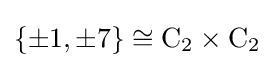
\{\pm 1,\pm 7\}\cong \mathrm {C} _{2}\times \mathrm {C} _{2}